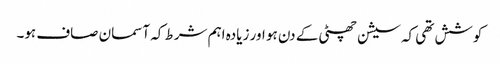
کوشش تھی کہ سیشن چھٹی کے دن ہو اور زیادہ اہم شرط کہ آسمان صاف ہو۔